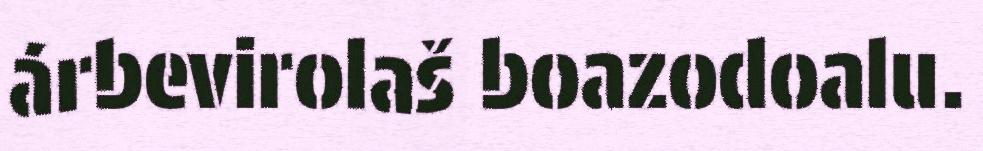
árbevirolaš boazodoalu.